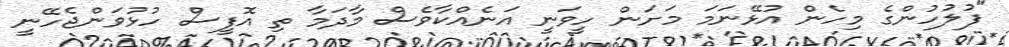
"ފުލުހުންގެ މިހެން އުޅޭނަމަ މަށަން ހީވަނީ އަނެއްކާވެސް މާދަމާ ތި އޮފީސް ހުޅުވަންޖެހޭނީ